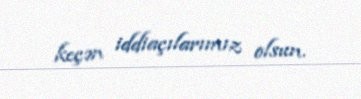
keçən iddiaçılarımız olsun.